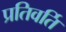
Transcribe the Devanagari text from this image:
प्रतिवर्ति